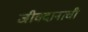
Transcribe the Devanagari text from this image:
जीवदानाची